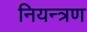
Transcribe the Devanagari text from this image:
नियन्‍त्रण